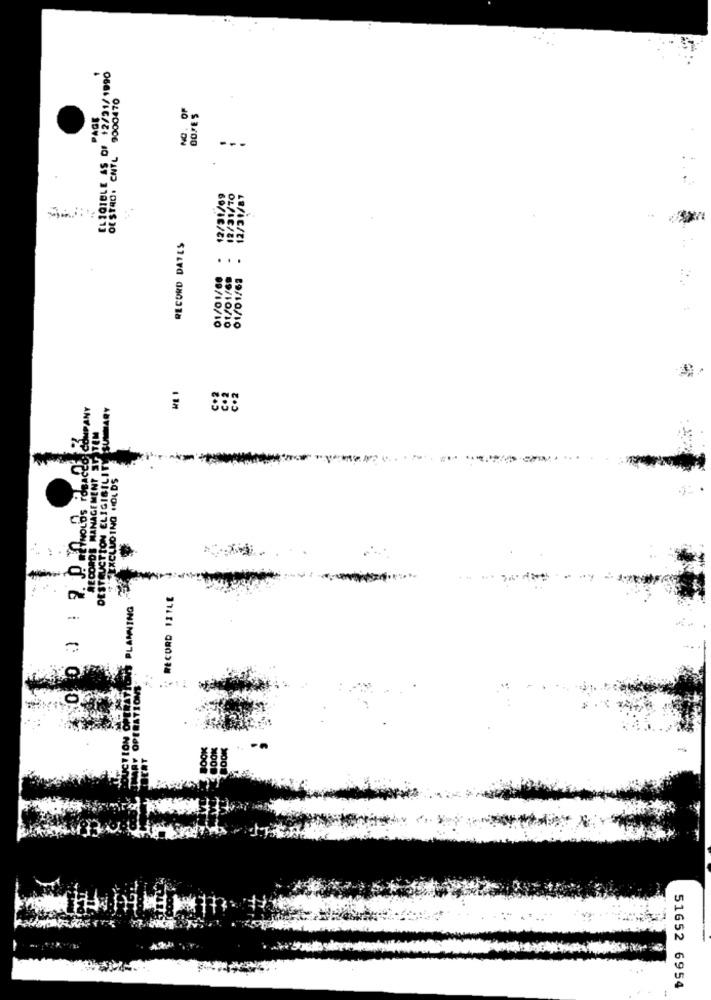
ELIGIBLE AS OF 12/21/1990
OF STAD. CNTL 9000470
NO. OF
BOFES
PAGE
---
12/31/69
- 12/31/10
12/31/87
RECORD DATES
01/01/68
01/01/69
01/01/62
c.2
26 COMPANY
LUNMARY
RECORDS MANAGEMENT SU TEM
DESTRUCTION ELIGIBILITY
FEXCLUDING HOLDS
RECORD 12TLE
51652 6954